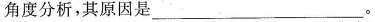
角度分析，其原因是___。